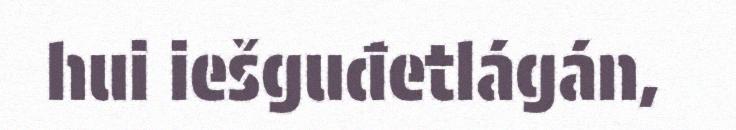
hui iešguđetlágán,